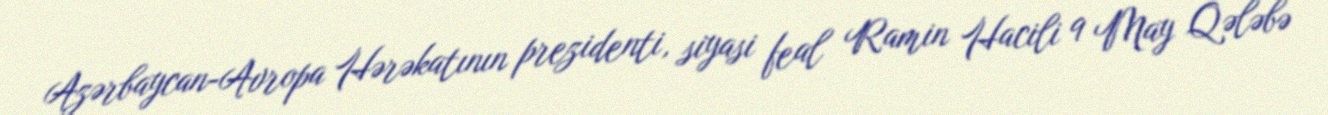
Azərbaycan-Avropa Hərəkatının prezidenti, siyasi feal Ramin Hacili 9 May Qələbə